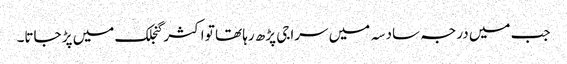
جب میں درجہ سادسہ میں سراجی پڑھ رہا تھا تو اکثر گنجلک میں پڑ جاتا۔